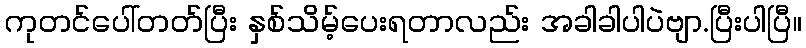
ကုတင်ပေါ်တတ်ပြီး နှစ်သိမ့်ပေးရတာလည်း အခါခါပါပဲဗျာ.ပြီးပါပြီ။